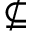
\nsubseteq